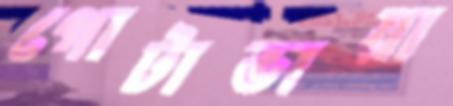
গোটাভায়া